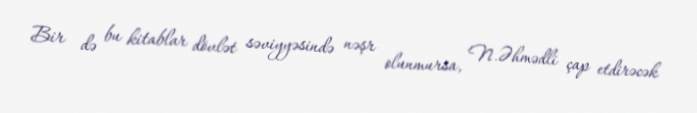
Bir də bu kitablar dövlət səviyyəsində nəşr olunmursa, N.Əhmədli çap etdirəcək